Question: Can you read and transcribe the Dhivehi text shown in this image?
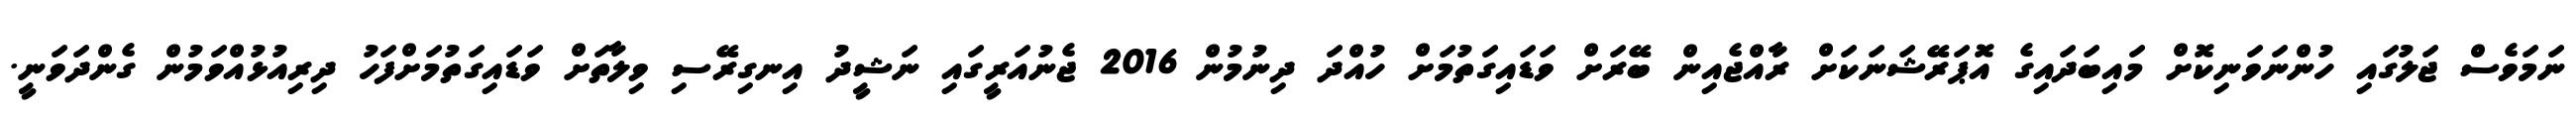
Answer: ނަމަވެސް ޖަލުގައި ހުންނަވަނިކޮށް މައިބަދައިގެ އޮޕަރޭޝަނަކަށް ރާއްޖެއިން ބޭރަށް ވަޑައިގަތުމަށް ހުއްދަ ދިނުމުން 2016 ޖެނުއަރީގައި ނަޝީދު އިނގިރޭސި ވިލާތަށް ވަޑައިގަތުމަށްފަހު ދިރިއުޅުއްވަމުން ގެންދަވަނީ.